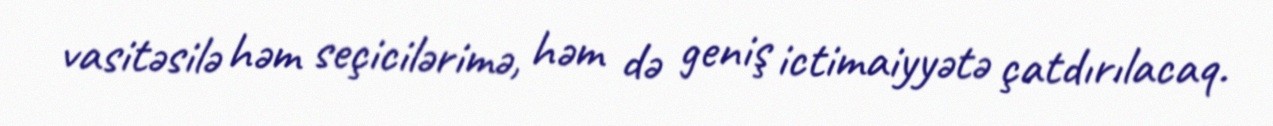
vasitəsilə həm seçicilərimə, həm də geniş ictimaiyyətə çatdırılacaq.